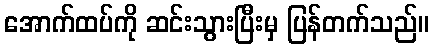
အောက်ထပ်ကို ဆင်းသွားပြီးမှ ပြန်တက်သည်။